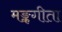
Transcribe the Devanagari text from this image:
मङ्कगीता